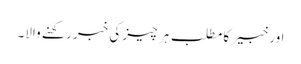
اور خبیر کا مطلب ہر چیز کی خبر رکھنے والا۔